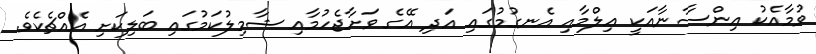
ވުމާއެކު އިންސާނާއަކީ ޢިލްމާއި އެނގުމުގައި އަދި އޭގެ ވަށާޖެހުމާއި ޝާމިލުކަމުގައި ބަލިކަށި އެއްޗެކެވެ.